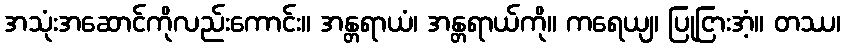
အသုံးအဆောင်ကိုလည်းကောင်း။ အန္တရာယံ၊ အန္တရာယ်ကို။ ကရေယျ၊ ပြုငြားအံ့။ တဿ၊